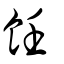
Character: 飪